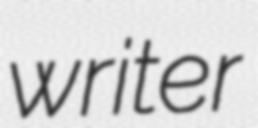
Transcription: writer